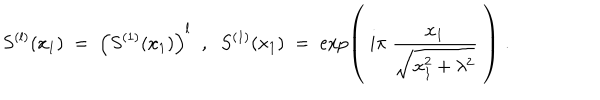
S ^ { ( l ) } ( x _ { 1 } ) \; = \; \Big ( S ^ { ( 1 ) } ( x _ { 1 } ) \Big ) ^ { l } \; \; , \; \; S ^ { ( 1 ) } ( x _ { 1 } ) \; = \; \exp \left( \; i \pi \; \frac { x _ { 1 } } { \sqrt { x _ { 1 } ^ { 2 } + \lambda ^ { 2 } } } \; \right) \; .